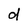
Character: d